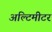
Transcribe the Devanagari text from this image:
अल्टिमीटर